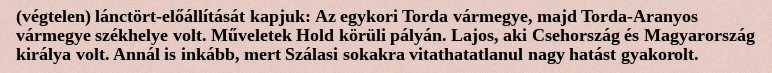
(végtelen) lánctört-előállítását kapjuk: Az egykori Torda vármegye, majd Torda-Aranyos vármegye székhelye volt. Műveletek Hold körüli pályán. Lajos, aki Csehország és Magyarország királya volt. Annál is inkább, mert Szálasi sokakra vitathatatlanul nagy hatást gyakorolt.